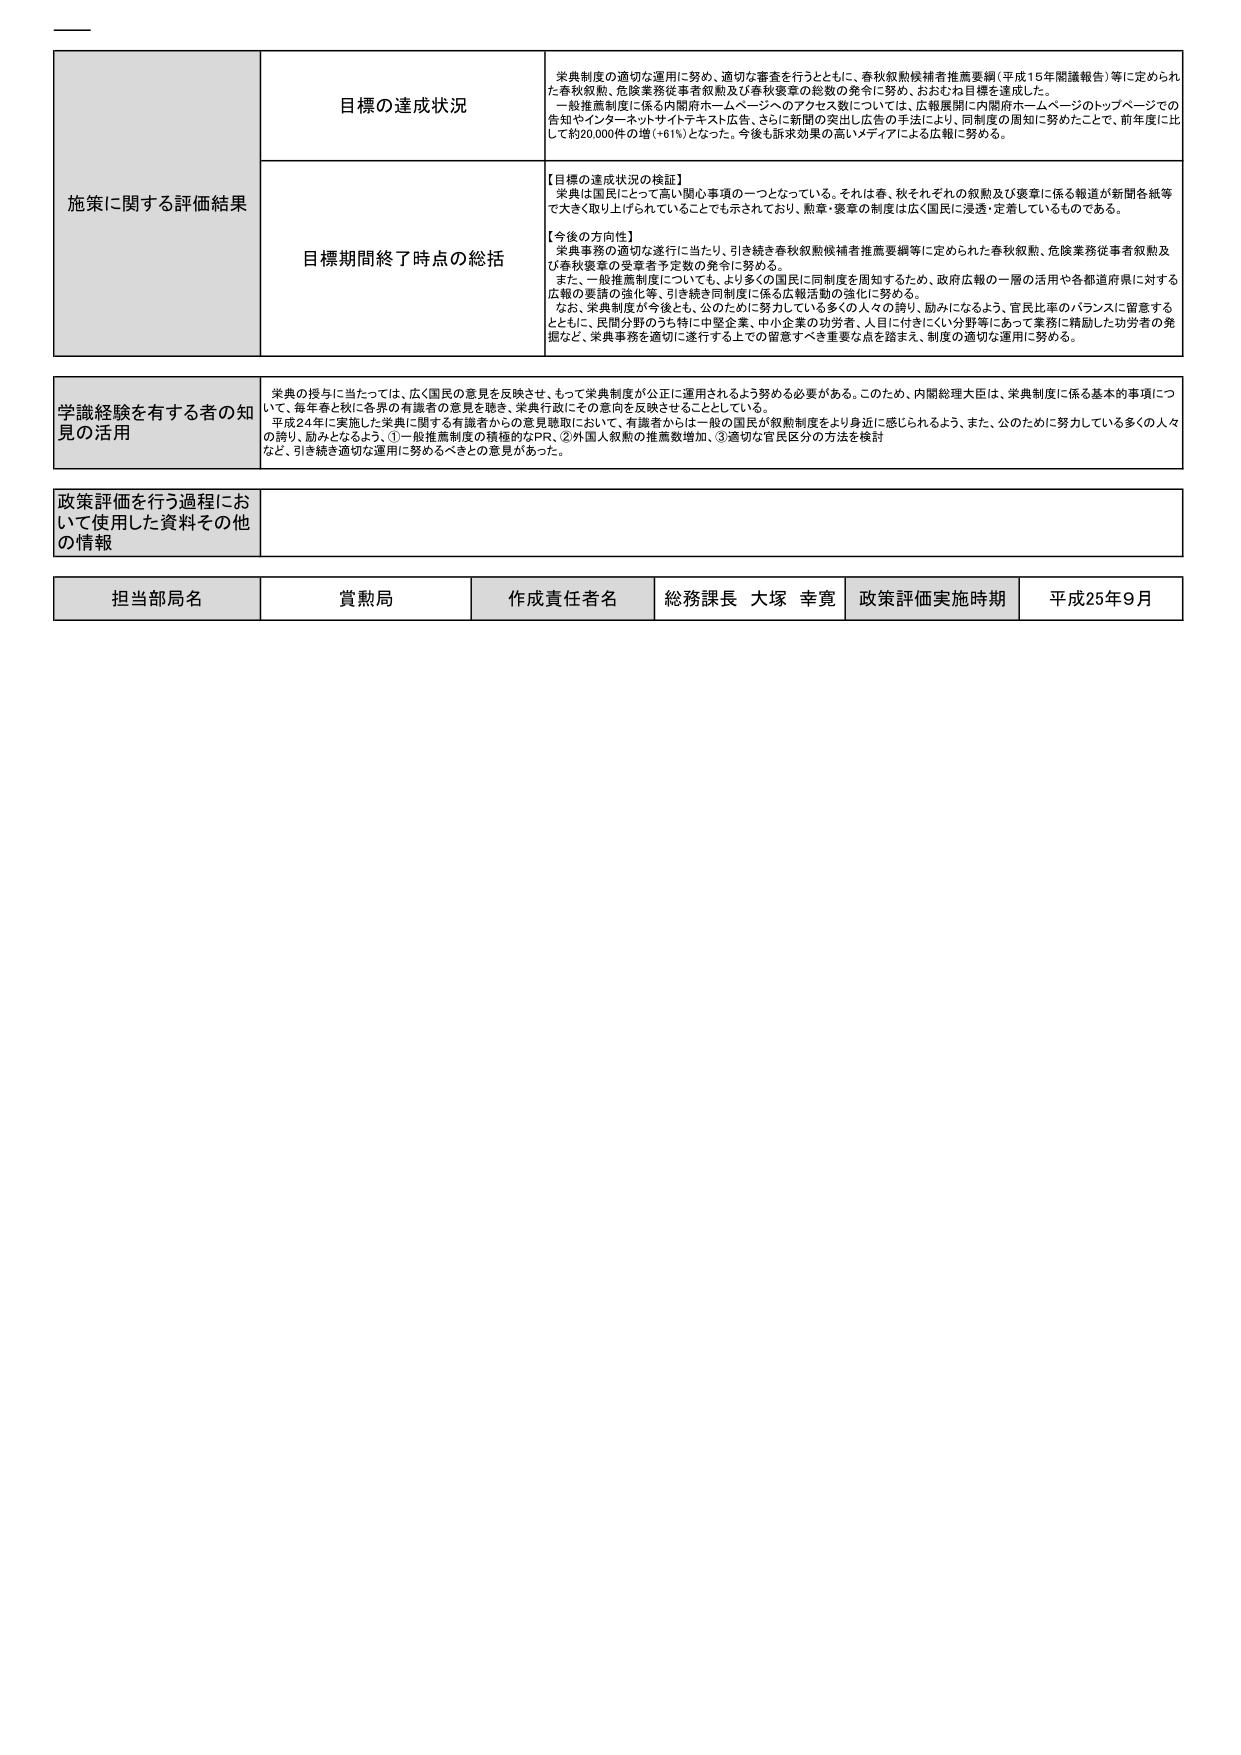
施策に関する評価結果
目標の達成状況
栄典制度の適切な運用に努め、適切な審査を行うとともに、春秋叙勲候補者推薦要綱（平成15年閣議報告）等に定められた春秋叙勲、危険業務従事者叙勲及び春秋褒章の総数の発令に努め、おおむね目標を達成した。
一般推薦制度に係る内閣府ホームページへのアクセス数については、広報展開に内閣府ホームページのトップページでの告知やインターネットサイトテキスト広告、さらに新聞の突出し広告の手法により、制度の周知に努めたことで、前年度に比して約20,000件の増（+61%）となった。今後も訴求効果の高いメディアによる広報に努める。

目標期間終了時点の総括
【目標の達成状況の検証】
栄典は国民にとって高い関心事項の一つとなっている。それは春、秋それぞれの叙勲及び褒章に係る報道が新聞各紙等で大きく取り上げられていることでも示されており、勲章・褒章の制度は広く国民に浸透・定着しているものである。

【今後の方向性】
栄典事務の適切な遂行に当たり、引き続き春秋叙勲候補者推薦要綱等に定められた春秋叙勲、危険業務従事者叙勲及び春秋褒章の受章者予定数の発令に努める。
また、一般推薦制度についても、より多くの国民に同制度を周知するため、政府広報の一層の活用や各都道府県に対する広報の要請の強化等、引き続き同制度に係る広報活動の強化に努める。
なお、栄典制度が今後とも、公のために努力している多くの人々の誇り、励みになるよう、官民比率のバランスに留意するとともに、民間分野のうち特に中堅企業、中小企業の功労者、人目に付きにくい分野等にあって業務に精励した功労者の発掘など、栄典事務を適切に遂行する上での留意すべき重要な点を踏まえ、制度の適切な運用に努める。

学識経験を有する者の知見の活用
栄典の授与に当たっては、広く国民の意見を反映させ、もって栄典制度が公正に運用されるよう努める必要がある。このため、内閣総理大臣は、栄典制度に係る基本的事項について、毎年春と秋に各界の有識者の意見を聴き、栄典行政にその意向を反映させることとしている。
平成24年に実施した栄典に関する有識者からの意見聴取において、有識者からは一般の国民が叙勲制度をより身近に感じられるよう、また、公のために努力している多くの人々の誇り、励みとなるよう、①一般推薦制度の積極的なPR、②外国人叙勲の推薦数増加、③適切な官民区分の方法を検討など、引き続き適切な運用に努めるべきとの意見があった。

政策評価を行う過程において使用した資料その他 の情報

担当部局名
賞勲局
作成責任者名
総務課長 大塚 幸寛
政策評価実施時期
平成25年9月